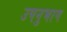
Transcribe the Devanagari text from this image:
उपनुभाग